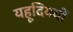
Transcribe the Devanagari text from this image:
यहूदिययों